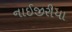
નાઈજીરીયા